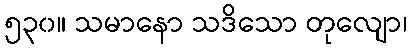
၅၃၀။ သမာနော သဒိသော တုလျော၊